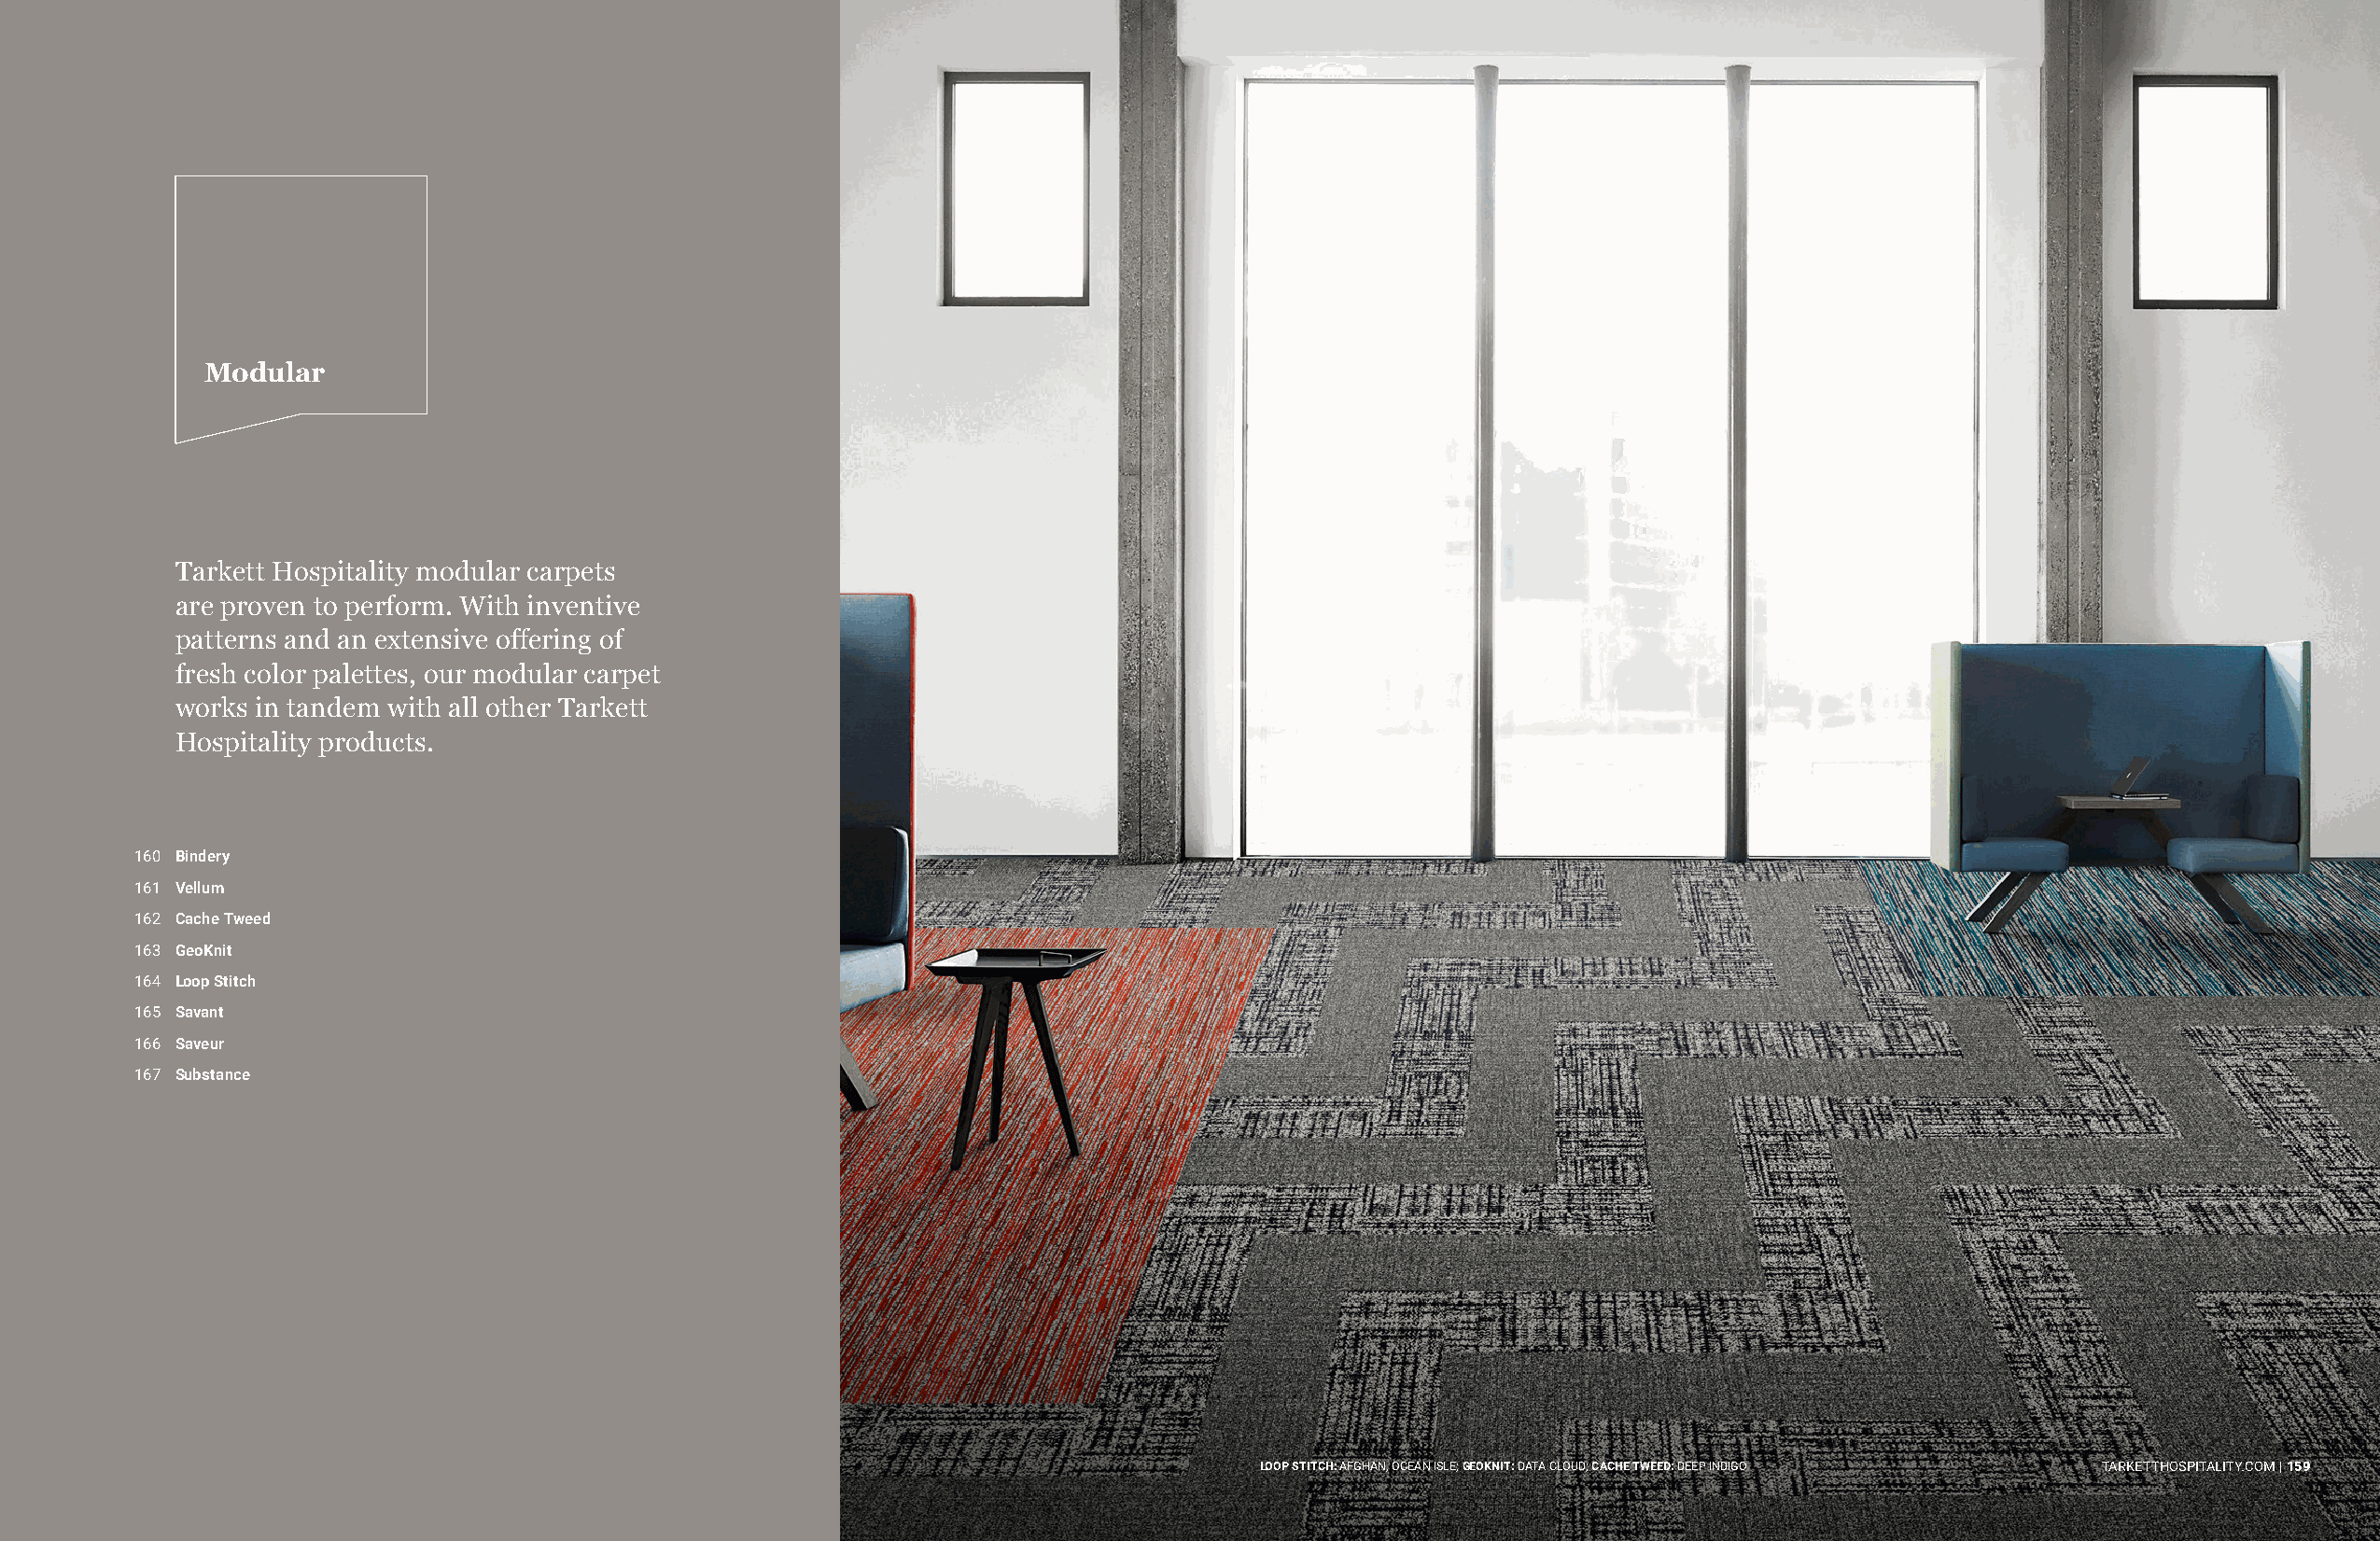
Modular
 Tarkett Hospitality modular carpets
 are proven to perform. With inventive
 patterns and an extensive offering of
 fresh color palettes, our modular carpet
 works in tandem with all other Tarkett
 Hospitality products.
 160 Bindery
 161 Vellum
 162 Cache Tweed
 163 GeoKnit
 164 Loop Stitch
 165 Savant
 166 Saveur
 167 Substance
 LOOP STITCH: AFGHAN, OCEAN ISLE; GEOKNIT: DATA CLOUD; CACHE TWEED: DEEP INDIGO TARKETTHOSPITALITY.COM | 159